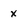
Character: x